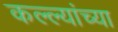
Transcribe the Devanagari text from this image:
कल्ल्यांच्या